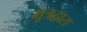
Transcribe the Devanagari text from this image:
मूत्रद्वारा